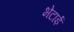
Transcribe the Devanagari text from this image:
भेटाई